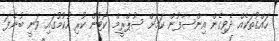
ހައްގުތަކެއް ދެވިގެން އިންސާފުން ކަމަށް ސުޕްރީމް ކޯޓުން ކުރި ހުކުމުގައި ވަނީ ބުނެފަ